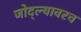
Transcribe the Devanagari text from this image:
जोद्ल्यावरच